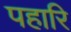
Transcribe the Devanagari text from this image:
पहारि